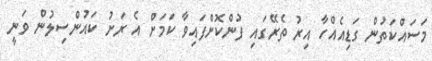
މަސައްކަތުން ގަޑިއެއްހާ އިރު ތެރޭގައި ފުންކޮށްފައިވާ ކަމަށް އެ ރަށު ކައުންސިލުން ވަނީީ